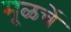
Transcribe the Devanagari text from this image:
मूळचें